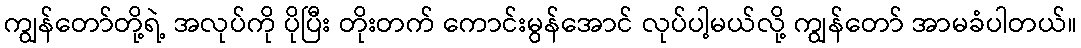
ကျွန်တော်တို့ရဲ့ အလုပ်ကို ပိုပြီး တိုးတက် ကောင်းမွန်အောင် လုပ်ပါ့မယ်လို့ ကျွန်တော် အာမခံပါတယ်။